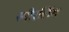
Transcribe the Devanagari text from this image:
स्पीरलिंग